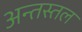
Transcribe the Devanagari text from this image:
अन्तस्तल